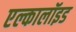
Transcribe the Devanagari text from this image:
एल्कालॉइड